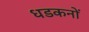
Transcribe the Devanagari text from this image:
धडकनों